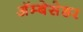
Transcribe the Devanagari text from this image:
अॅम्बेसेडर